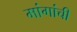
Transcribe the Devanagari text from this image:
मांगांची